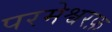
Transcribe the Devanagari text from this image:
परमेश्वरफ़